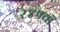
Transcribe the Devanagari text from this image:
२४५वाँ